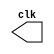
// ---------------------------
// -- test clock generator (3)
// ---------------------------

module clock ( clk );
 output clk;
 reg    clk;

 initial
  begin
   clk = 1'b0;
  end

 always
  begin
   #12 clk = ~clk;
  end
endmodule